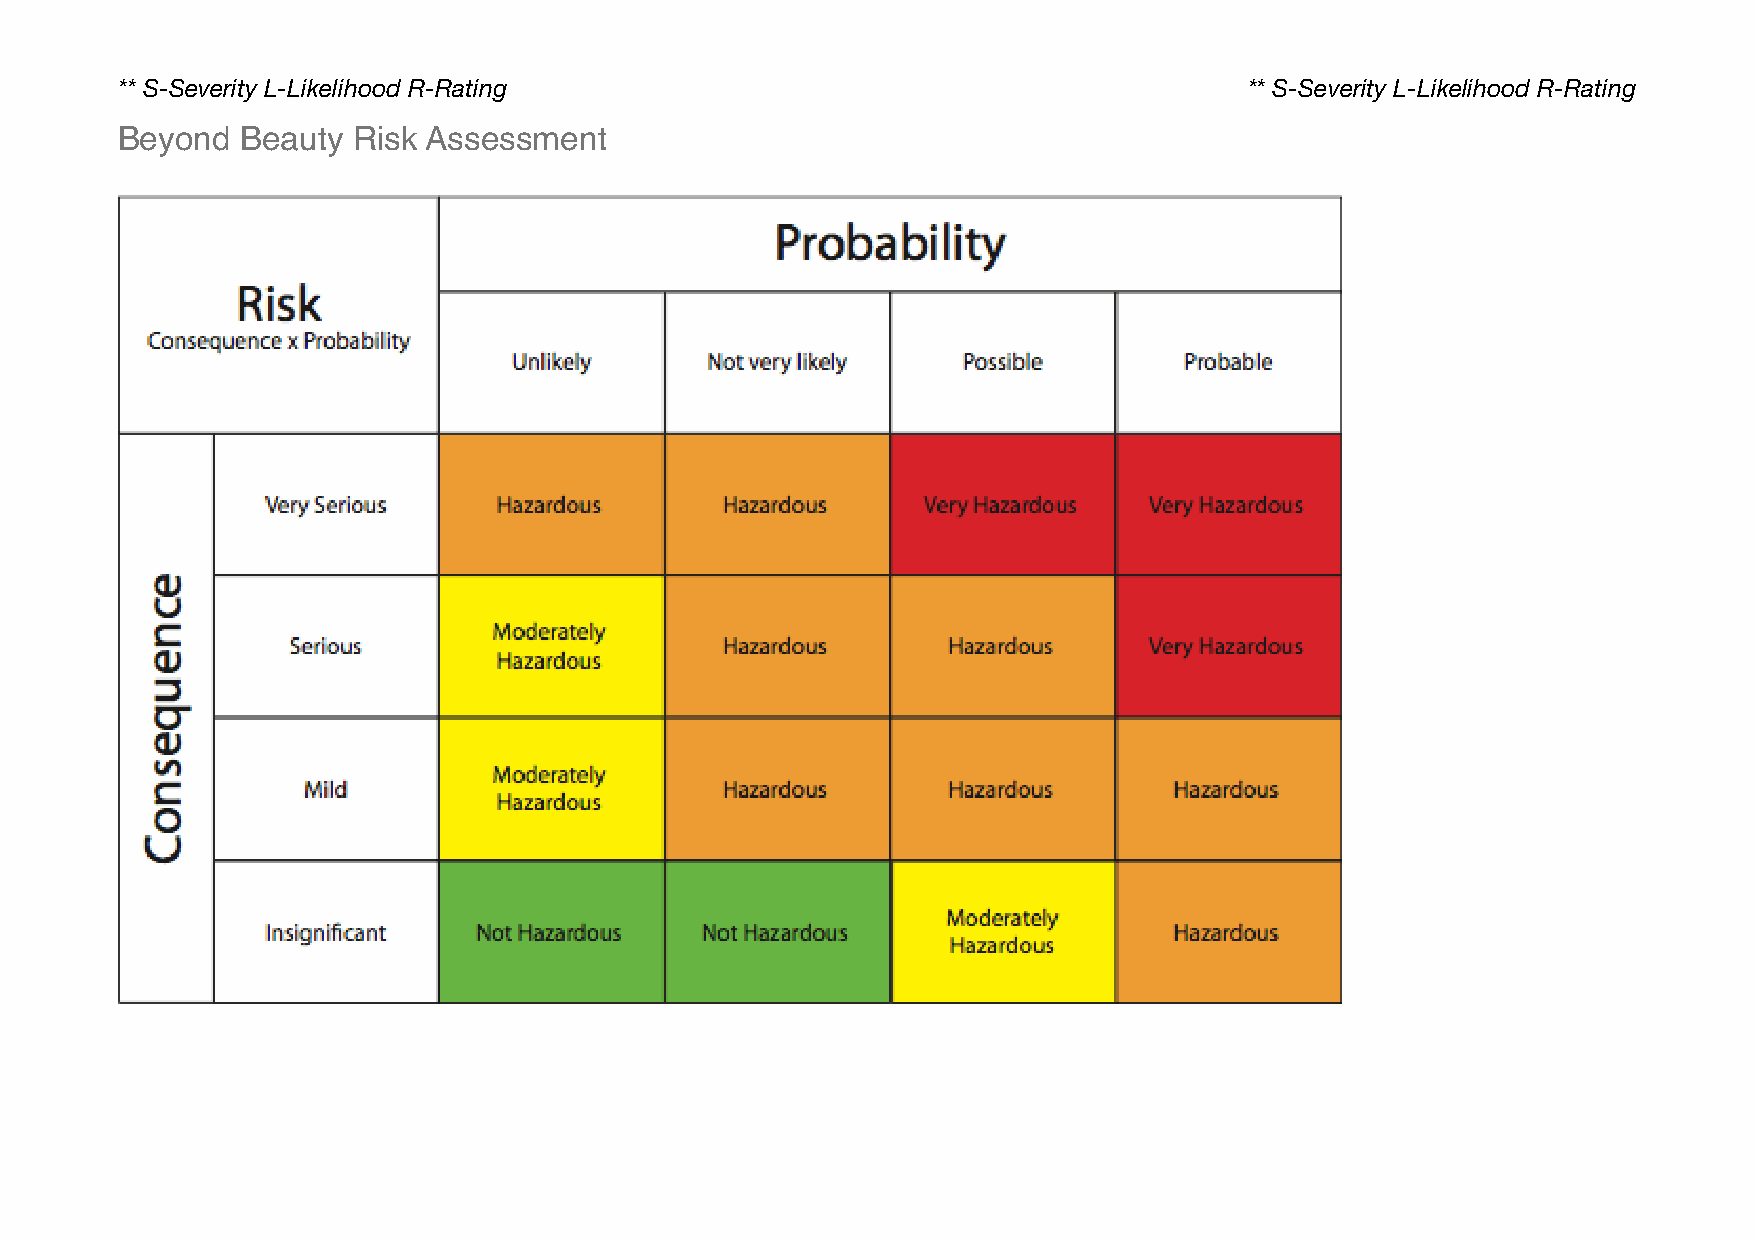
** S-Severity L-Likelihood R-Rating                                        ** S-Severity L-Likelihood R-Rating
 Beyond  Beauty Risk Assessment